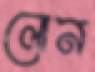
লোন